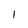
Character: 1